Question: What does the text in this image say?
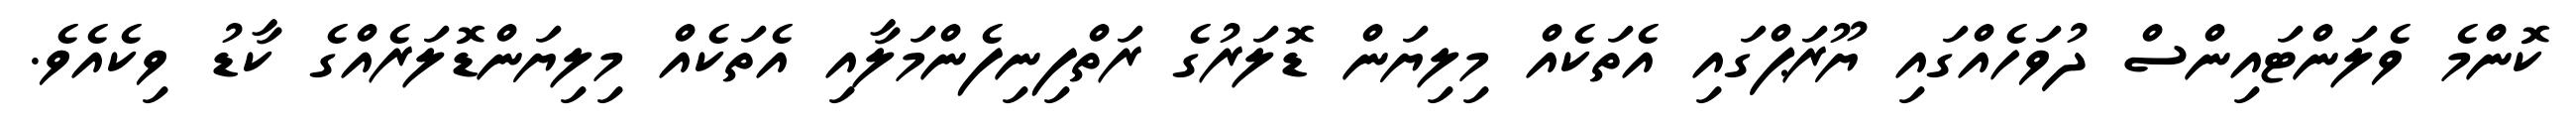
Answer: ކޮންމެ ވެލަންޓައިންސް ދުވަހެއްގައި ޔޫރަޕްގައި އެތަކެއް މިލިޔަން ޑޮލަރުގެ ރަތްފިނިފެންމަލާއި އެތަކެއް މިލިޔަންޑޮލަރެއްގެ ކާޑު ވިކެއެވެ.